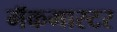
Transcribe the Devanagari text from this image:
मॅकमास्टर